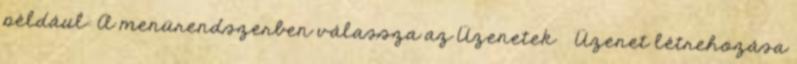
például: A menürendszerben válassza az Üzenetek → Üzenet létrehozása